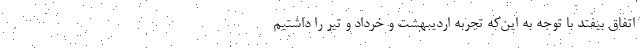
اتفاق بیفتد با توجه به این‌که تجربه اردیبهشت و خرداد و تیر را داشتیم